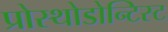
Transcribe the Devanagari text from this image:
प्रोस्थोडोन्टिस्ट